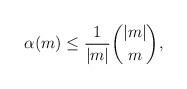
LaTeX: \begin{align*} \alpha(m)\leq\frac{1}{|m|}\binom{|m|}{m}, \end{align*}